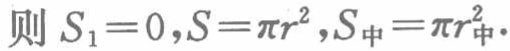
则 \(S_{1}=0,S = \pi r^{2},S_{中}=\pi r_{中}^{2}\).